Civil Veterinary Dept. Bombay admin report 1923-31 - 1923-1931
Year: 1923
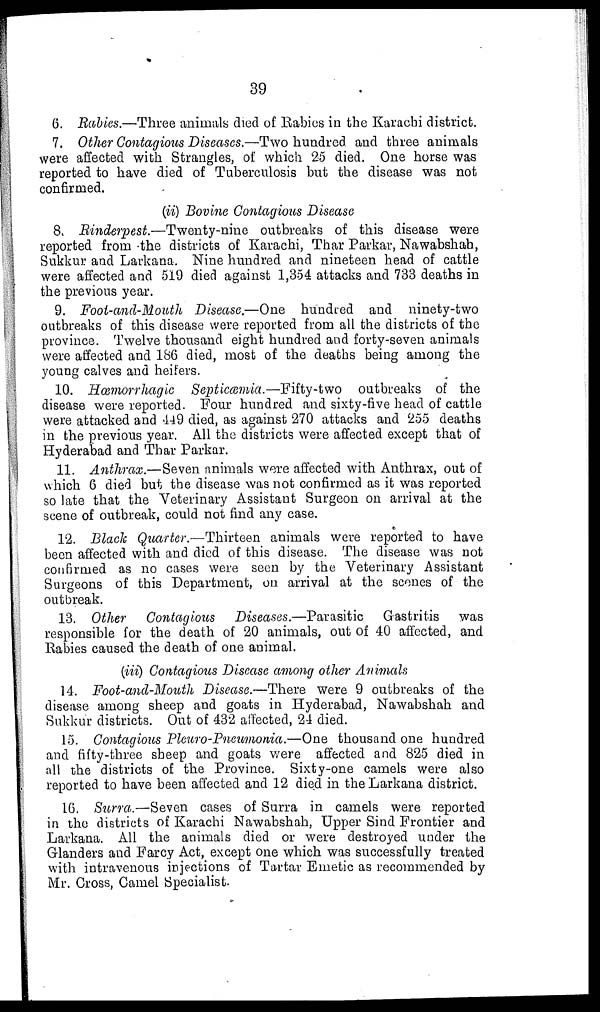
39
6. Rabies.—Three animals died of Rabies in the Karachi district.
7. Other Contagious Diseases.—Two hundred and three animals
were affected with Strangles, of which 25 died. One horse was
reported to have died of Tuberculosis but the disease was not
confirmed.
(ii) Bovine Contagious Disease
8. Rinderpest.—Twenty-nine
outbreaks of this disease were
reported from the districts of Karachi, Thar Parkar, Nawabshah,
Sukkur and Larkana. Nine hundred and nineteen head of cattle
were affected and 519 died against 1,354 attacks and 733 deaths in
the previous year.
9. Foot-and-Mouth Disease.—One hundred and ninety-two
outbreaks of this disease were reported from all the districts of the
province. Twelve thousand eight hundred and forty-seven animals
were affected and 186 died, most of the deaths being among the
young calves and heifers.
10. Hæmorrhagic Septicæmia.—Fifty-two
outbreaks of the
disease were reported. Four hundred and sixty-five head of cattle
were attacked and 449 died, as against 270 attacks and 255 deaths
in the previous year. All the districts were affected except that of
Hyderabad and Thar Parkar.
11. Anthrax.—Seven animals were affected with Anthrax, out of
which 6 died but the disease was not confirmed as it was reported
so late that the Veterinary Assistant Surgeon on arrival at the
scene of outbreak, could not find any case.
12. Black Quarter.—Thirteen animals were reported to have
been affected with and died of this disease. The disease was not
confirmed as no cases were seen by the Veterinary Assistant
Surgeons of this Department, on arrival at the scones of the
outbreak.
13. Other Contagious Diseases.—Parasitic
Gastritis was
responsible for the death of 20 animals, out of 40 affected, and
Rabies caused the death of one animal.
(iii) Contagious Disease among other Animals
14. Foot-and-Mouth Disease.—There were 9 outbreaks of the
disease among sheep and goats in Hyderabad, Nawabshah and
Sukkur districts. Out of 432 affected, 24 died.
15. Contagious Pleuro-Pneumonia.—One thousand one hundred
and fifty-three sheep and goats were affected and 825 died in
all the districts of the Province. Sixty-one camels were also
reported to have been affected and 12 died in the Larkana district.
16. Surra.—Seven cases of Surra in camels were reported
in the districts of Karachi Nawabshah, Upper Sind Frontier and
Larkana. All the animals died or were destroyed under the
Glanders and Farcy Act, except one which was successfully treated
with intravenous injections of Tartar Emetic as recommended by
Mr. Cross, Camel Specialist.